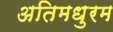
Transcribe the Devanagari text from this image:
अतिमधुरम